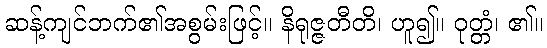
ဆန့်ကျင်ဘက်၏အစွမ်းဖြင့်။ နိရုဇ္ဇတီတိ၊ ဟူ၍။ ဝုတ္တံ၊ ၏။